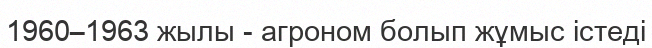
1960–1963 жылы - агроном болып жұмыс істеді